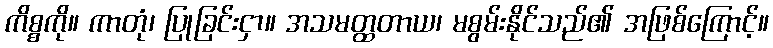
ကိစ္စကို။ ကာတုံ၊ ပြုခြင်းငှာ။ အသမတ္ထတာယ၊ မစွမ်းနိုင်သည်၏ အဖြစ်ကြောင့်။